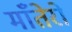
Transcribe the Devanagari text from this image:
माँतेरो